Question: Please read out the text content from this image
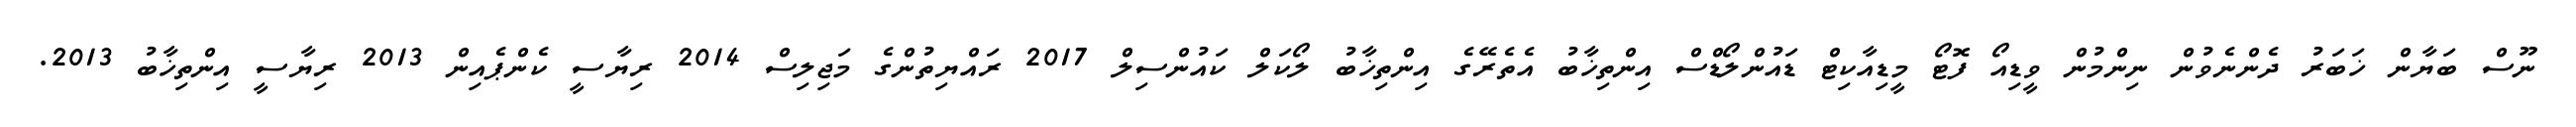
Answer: ނޫސް ބަޔާން ޚަބަރު ދެންނެވުން ނިންމުން ވީޑިއޯ ފޮޓޯ މީޑިއާކިޓް ޑައުންލޯޑްސް އިންތިޚާބު އެތެރޭގެ އިންތިޚާބު ލޯކަލް ކައުންސިލް 2017 ރައްޔިތުންގެ މަޖިލިސް 2014 ރިޔާސީ ކެންޕެއިން 2013 ރިޔާސީ އިންތިޚާބު 2013.